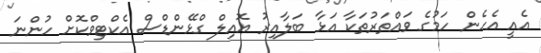
އެއީ އެހެން ހަމުގެ ވައްތަރުތަކާ އަޅާ ބަލާއިރު އޮއިލް ގްޅޭންޑްސް އެކްޓިވްކޮށް ހުންނަ